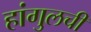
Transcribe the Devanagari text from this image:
हांगुलची